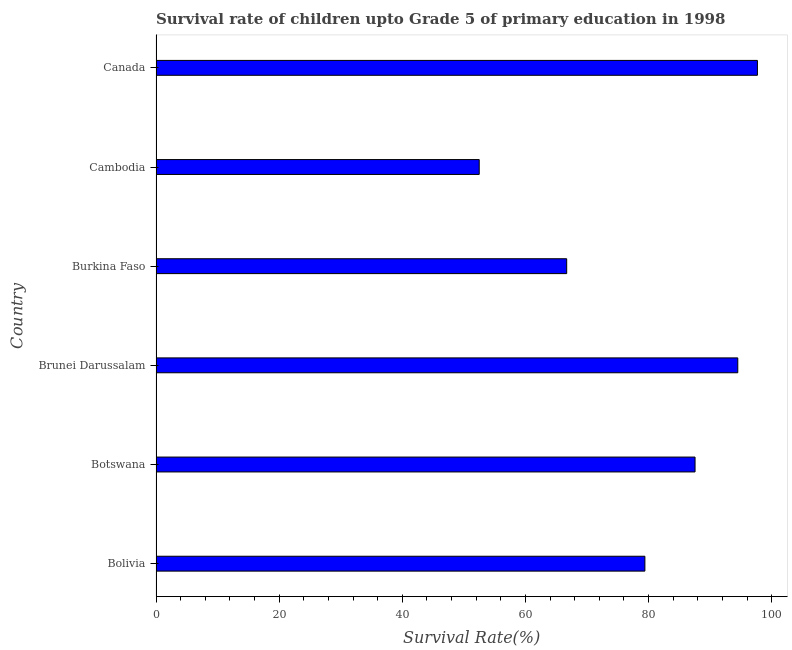
| Country | Survival rate |
 | --- | --- |
 | Bolivia | 79.4 |
 | Botswana | 87.6 |
 | Brunei Darussalam | 94.5 |
 | Burkina Faso | 66.7 |
 | Cambodia | 52.5 |
 | Canada | 97.7 |